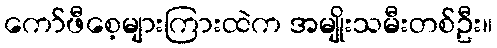
ကော်ဖီစေ့များကြားထဲက အမျိုးသမီးတစ်ဦး။